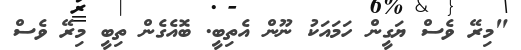
"މިރޭ ވެސް ޔަގީން ހަމައަކު ނޫން އެތިބީ. ބޮއެގެން ތިބީ މިރޭ ވެސް